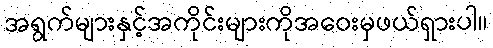
အရွက်များနှင့်အကိုင်းများကိုအဝေးမှဖယ်ရှားပါ။